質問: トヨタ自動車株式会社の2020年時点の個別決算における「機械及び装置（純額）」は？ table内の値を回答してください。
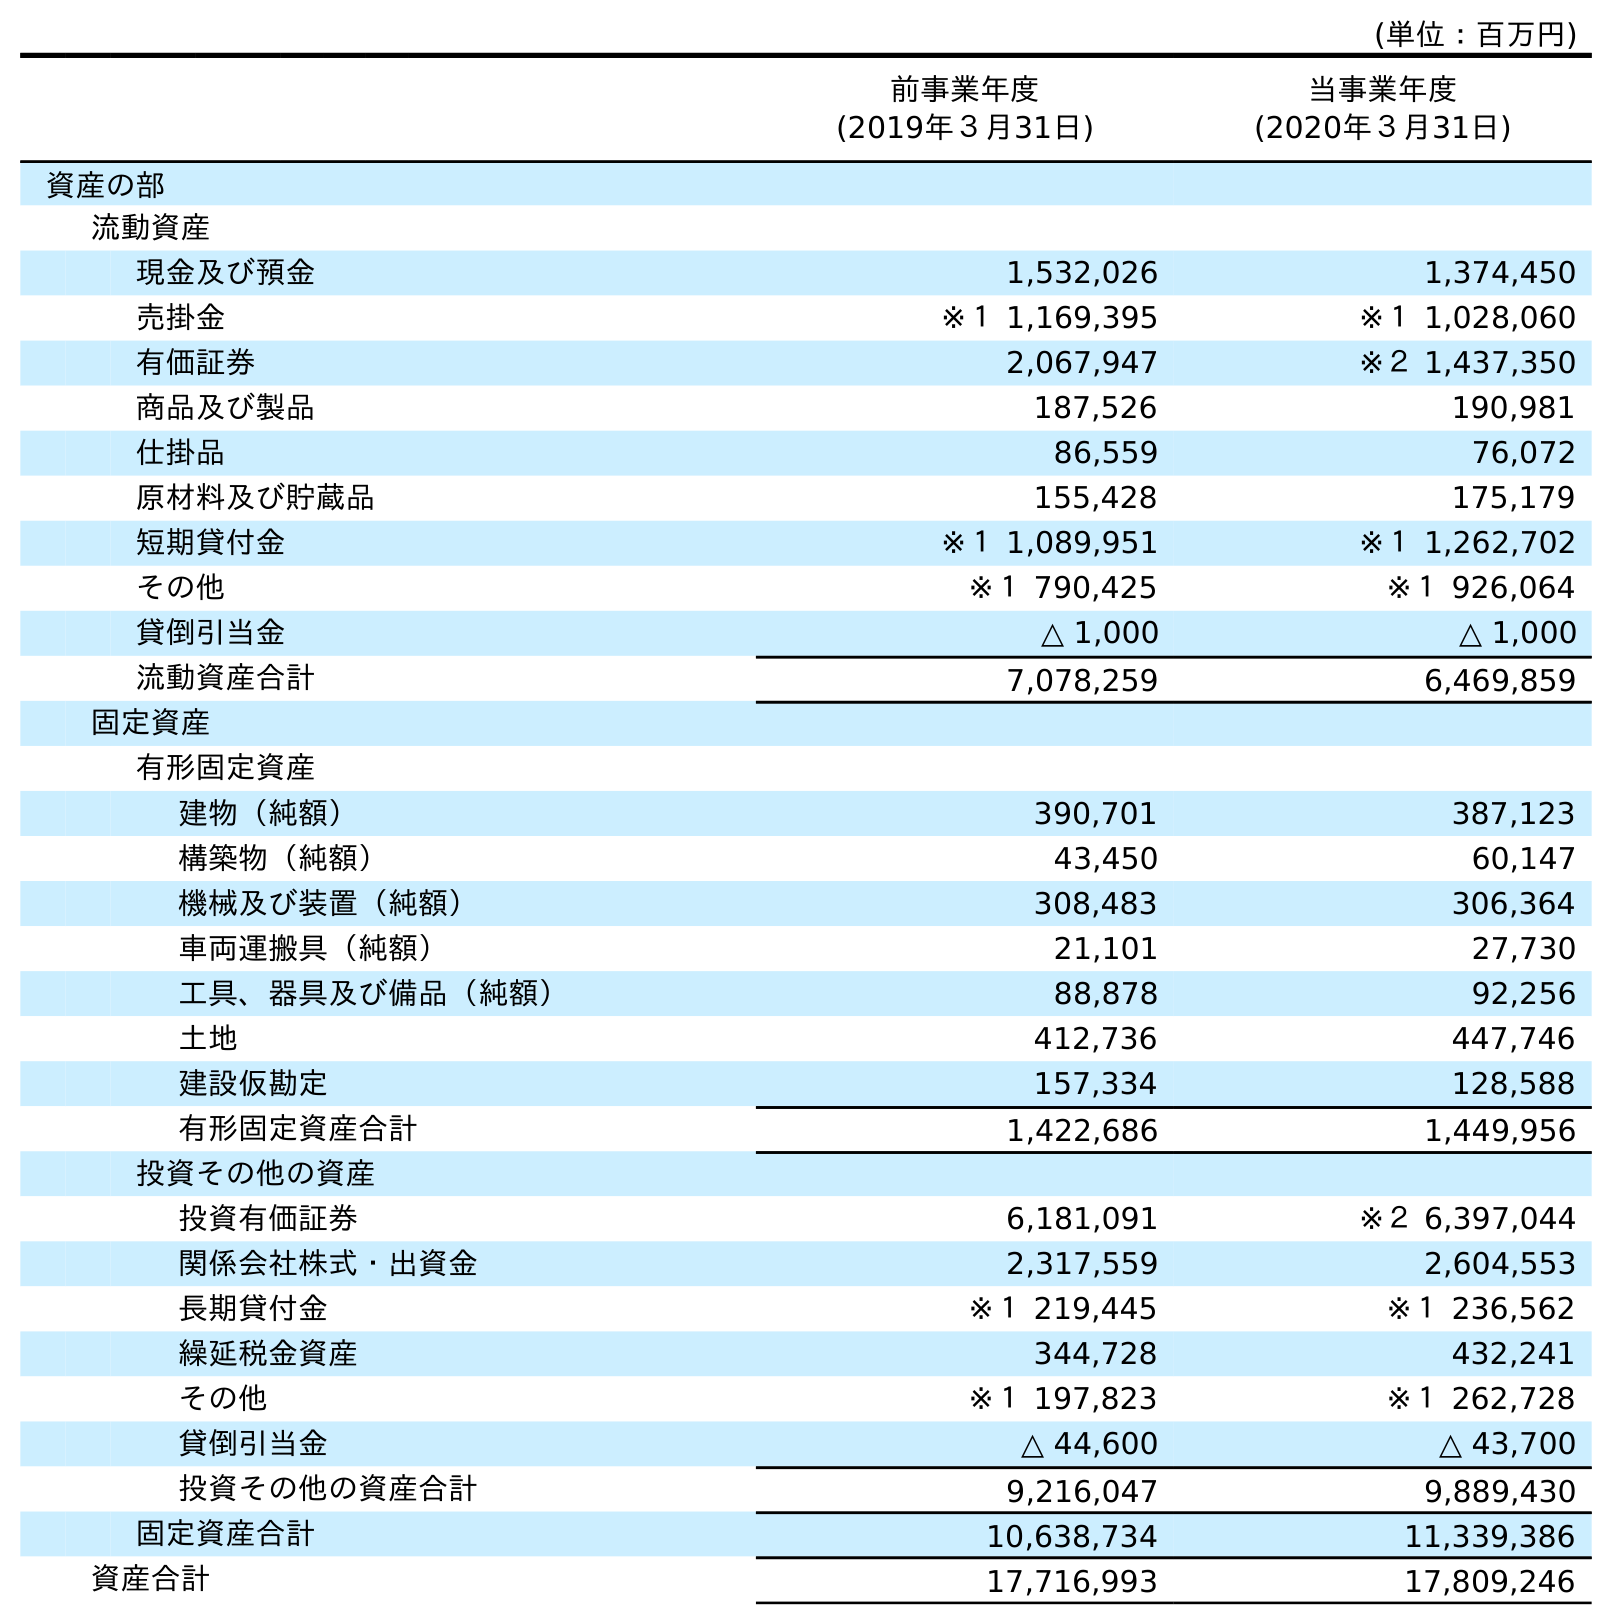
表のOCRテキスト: (単位：百万円) 前事業年度 (2019年３月31日) 当事業年度 (2020年３月31日) 資産の部 流動資産 現金及び預金 1,532,026 1,374,450 売掛金 ※１ 1,169,395 ※１ 1,028,060 有価証券 2,067,947 ※２ 1,437,350 商品及び製品 187,526 190,981 仕掛品 86,559 76,072 原材料及び貯蔵品 155,428 175,179 短期貸付金 ※１ 1,089,951 ※１ 1,262,702 その他 ※１ 790,425 ※１ 926,064 貸倒引当金 △ 1,000 △ 1,000 流動資産合計 7,078,259 6,469,859 固定資産 有形固定資産 建物（純額） 390,701 387,123 構築物（純額） 43,450 60,147 機械及び装置（純額） 308,483 306,364 車両運搬具（純額） 21,101 27,730 工具、器具及び備品（純額） 88,878 92,256 土地 412,736 447,746 建設仮勘定 157,334 128,588 有形固定資産合計 1,422,686 1,449,956 投資その他の資産 投資有価証券 6,181,091 ※２ 6,397,044 関係会社株式・出資金 2,317,559 2,604,553 長期貸付金 ※１ 219,445 ※１ 236,562 繰延税金資産 344,728 432,241 その他 ※１ 197,823 ※１ 262,728 貸倒引当金 △ 44,600 △ 43,700 投資その他の資産合計 9,216,047 9,889,430 固定資産合計 10,638,734 11,339,386 資産合計 17,716,993 17,809,246
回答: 306,364